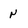
Character: N